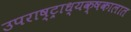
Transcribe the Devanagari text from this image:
उपराष्ट्राध्यक्षकालात